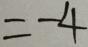
= - 4